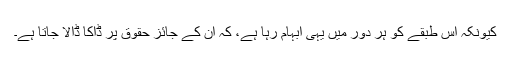
کیونکہ اس طبقے کو ہر دور میں یہی ابہام رہا ہے، کہ ان کے جائز حقوق پر ڈاکا ڈالا جاتا ہے۔